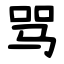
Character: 骂